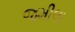
જમીલા